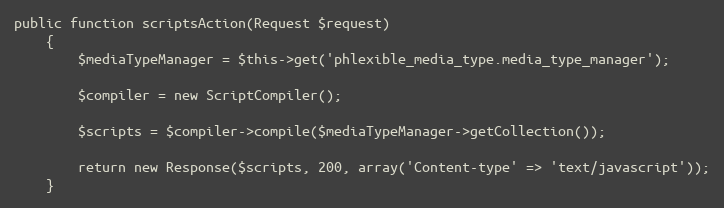
Language: PHP
public function scriptsAction(Request $request)
    {
        $mediaTypeManager = $this->get('phlexible_media_type.media_type_manager');

        $compiler = new ScriptCompiler();

        $scripts = $compiler->compile($mediaTypeManager->getCollection());

        return new Response($scripts, 200, array('Content-type' => 'text/javascript'));
    }